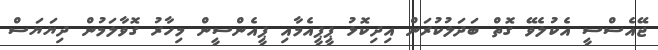
ޖޭއެސްސީ އެކުލެވޭ ގޮތް ބަދަލުކުރަން އިދިކޮޅު ޕީޕީއެމާއި ޕީއެންސީން މިހާރު ގޮވާލަމުން ދިޔަޔަސް